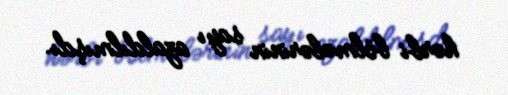
hərbi bölmələrinin sayı azaldılmışdı.